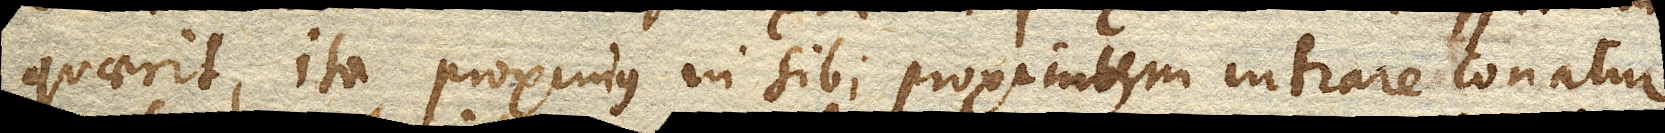
quaerit, ita proximus in sibi proximum intrare conatur